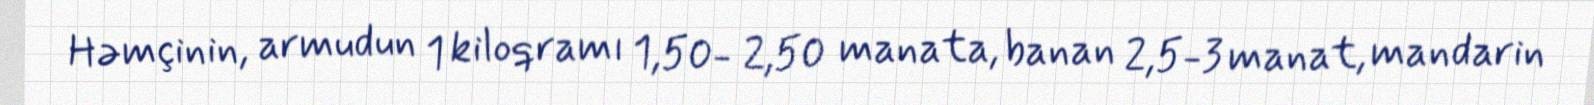
Həmçinin, armudun 1 kiloqramı 1,50- 2,50 manata, banan 2,5-3 manat, mandarin